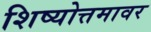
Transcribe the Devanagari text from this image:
शिष्योत्तमावर